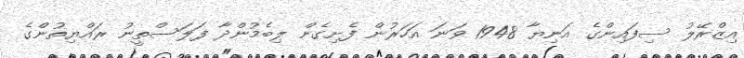
އިޒްރޭލު ސިފައިންގެ އަނިޔާ 1948 ވަނަ އަހަރުން ފެށިގެން ލިބެމުންދާ ފަލަސްތީނު ރައްޔިތުންގެ